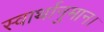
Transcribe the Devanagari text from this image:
स्वार्थानुमान।